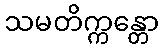
သမတိက္ကန္တော